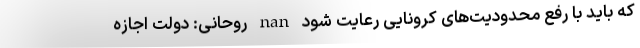
که باید با رفع محدودیت‌های کرونایی رعایت شود nan روحانی: دولت اجازه